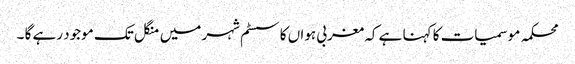
محکمہ موسمیات کا کہنا ہے کہ مغربی ہواں کا سسٹم شہر میں منگل تک موجود رہے گا ۔